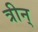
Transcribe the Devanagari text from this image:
त्रीन्